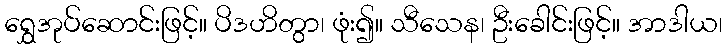
ရွှေအုပ်ဆောင်းဖြင့်။ ပိဒဟိတွာ၊ ဖုံး၍။ သီသေန၊ ဦးခေါင်းဖြင့်။ အာဒါယ၊